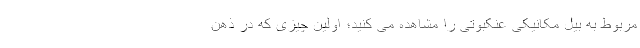
مربوط به بیل مکانیکی عنکبوتی را مشاهده می کنید؛ اولین چیزی که در ذهن